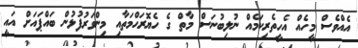
އެއްވެސް މީހެއް އެހީތެރިކަމެއް ނުލިބުނަސް މާތް ގެ ހެޔޮރަޙްމަތާއި މިންވަރުފުޅުން ބައްޕައަށް އައީ